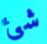
شئ